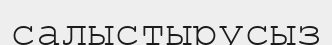
салыстырусыз